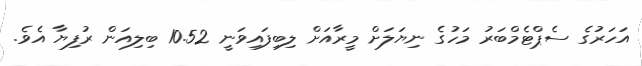
އަހަރުގެ ސެޕްޓެމްބަރު މަހުގެ ނިޔަލަށް މީރާއަށް ލިބިފައިވަނީ 10.52 ބިލިއަން ރުފިޔާ އެވެ.